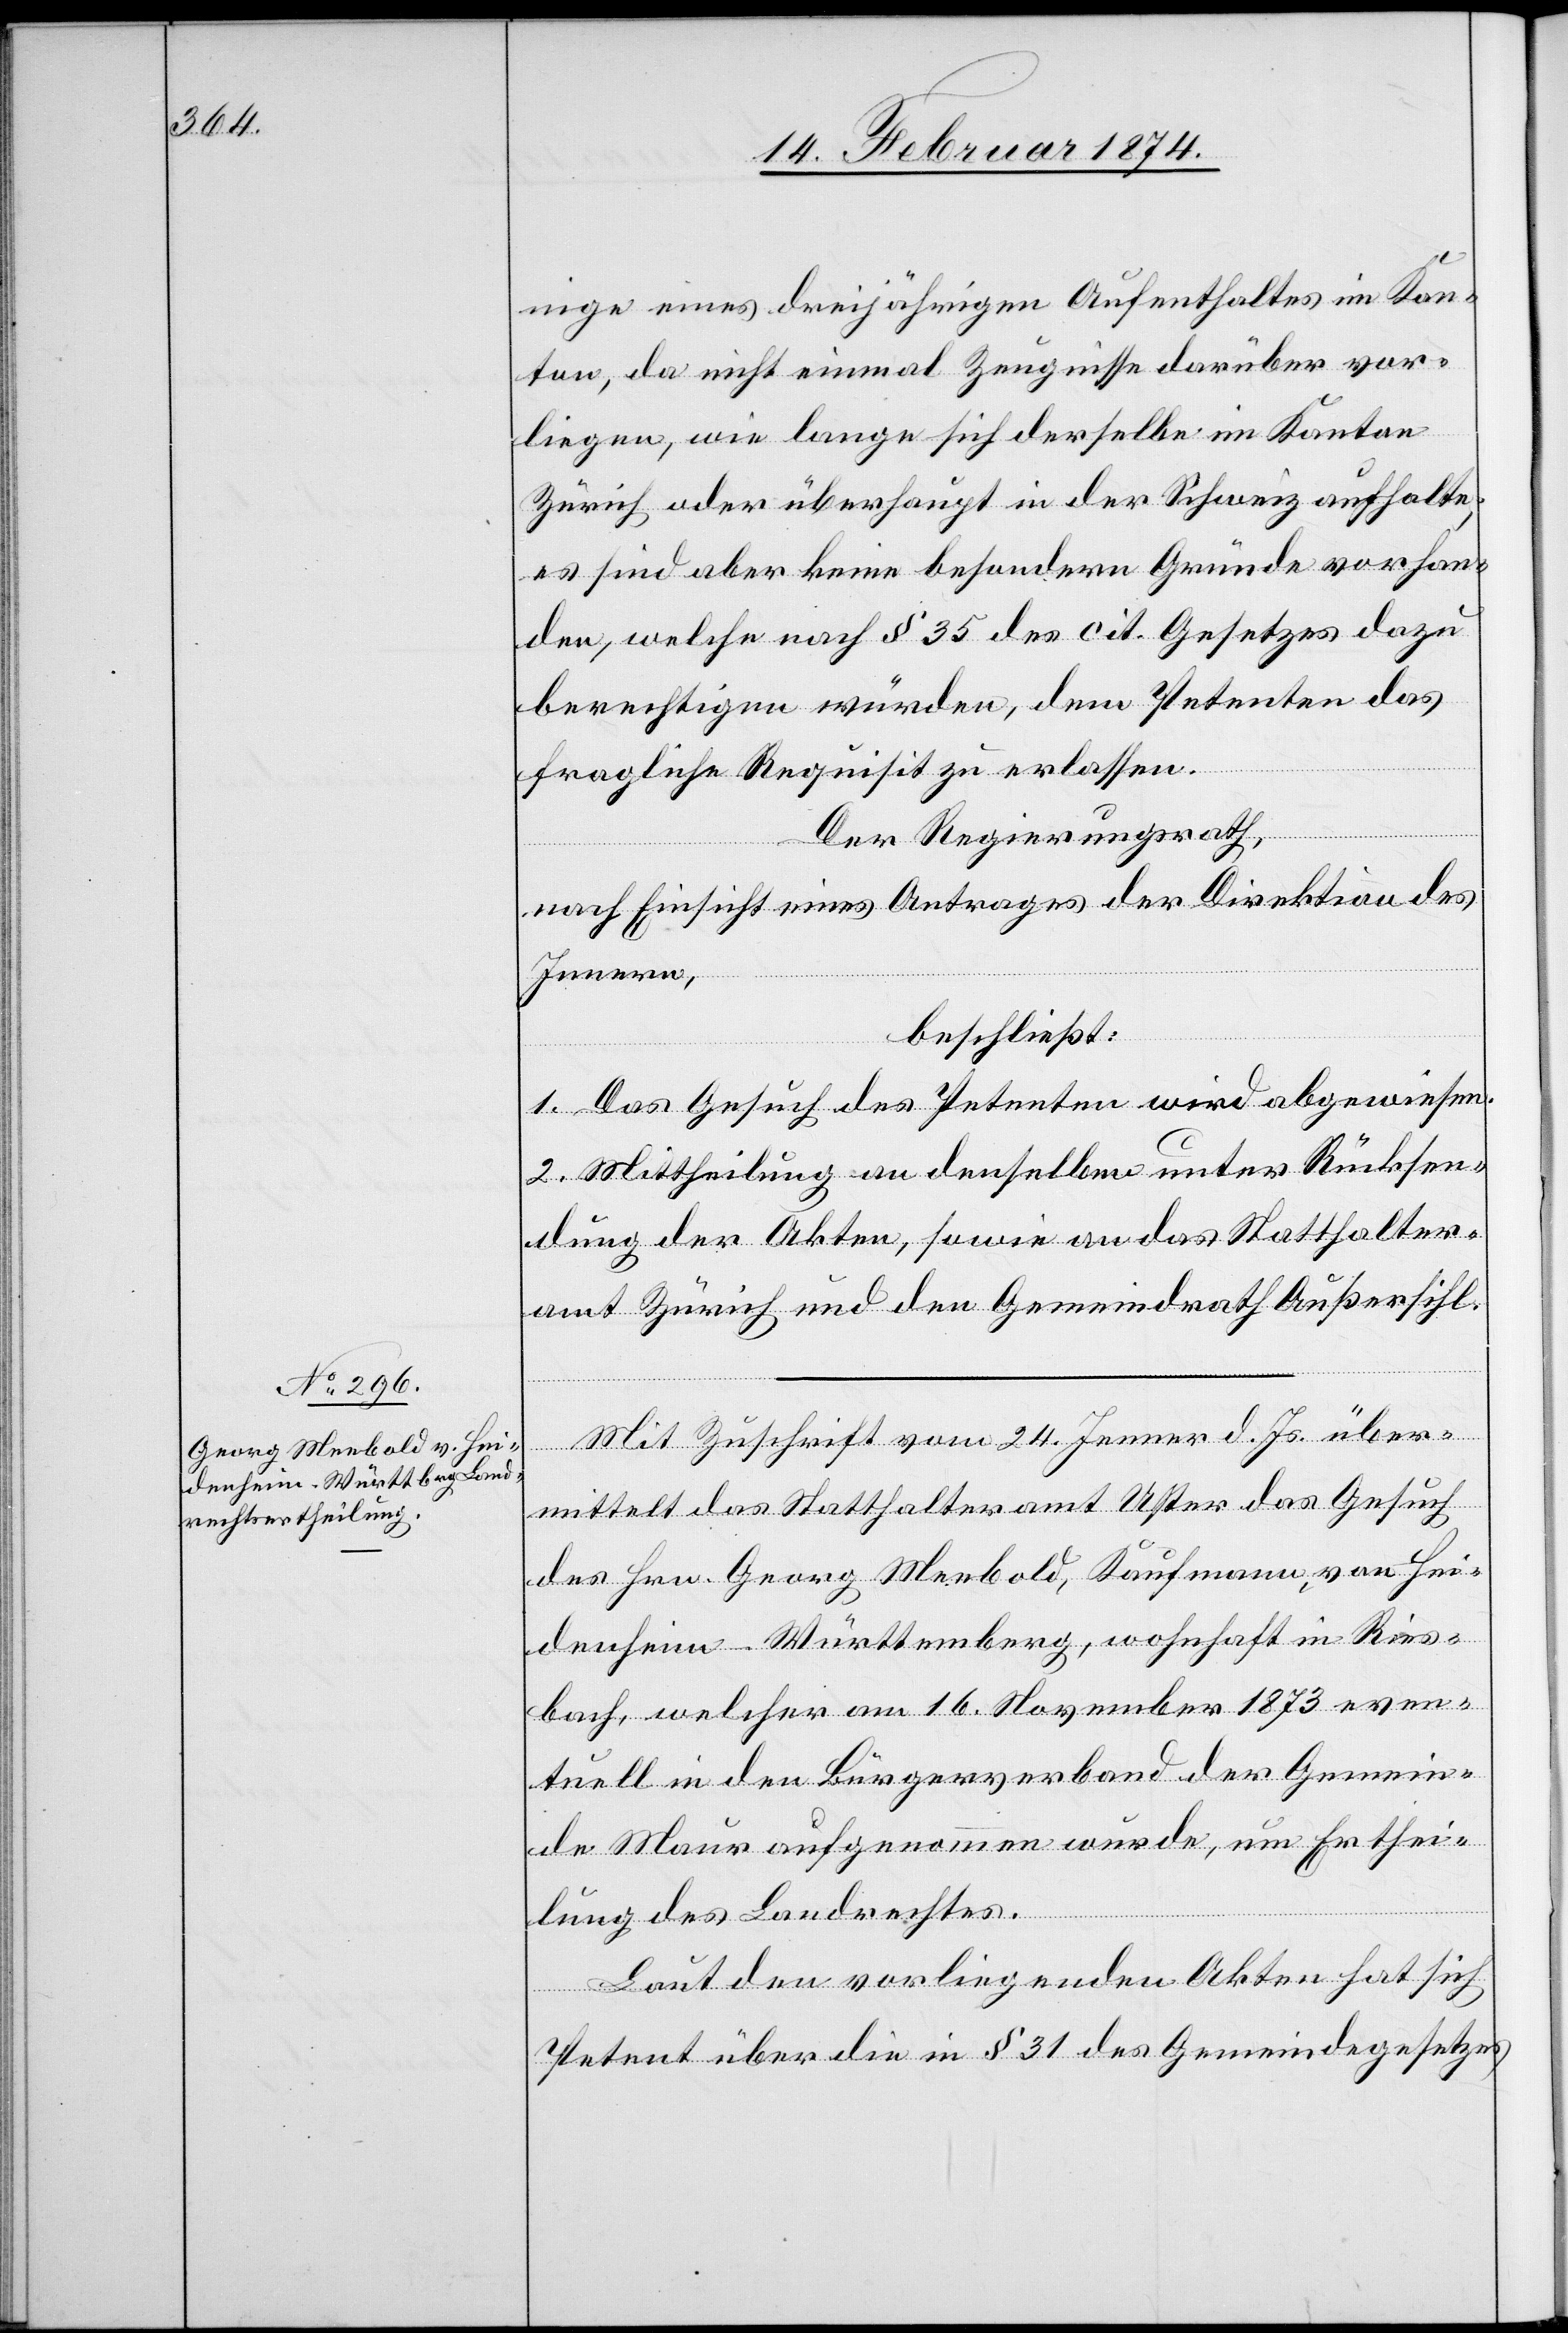
nige eines dreijährigen Aufenthaltes im Kan¬
ton, da nicht einmal Zeugnisse darüber vor¬
liegen, wie lange sich derselbe im Kanton
Zürich oder überhaupt in der Schweiz aufhalte;
es sind aber keine besondern Gründe vorhan¬
den, welche nach § 35 des cit. Gesetzes dazu
berechtigen würden, dem Petenten das
fragliche Requisit zu erlassen.
Der Regierungsrath,
nach Einsicht eines Antrages der Direktion des
Innern,
beschließt:
1. Das Gesuch des Petenten wird abgewiesen.
2. Mittheilung an denselben unter Rücksen¬
dung der Akten, sowie an das Statthalter¬
amt Zürich und den Gemeindrath Außersihl.
Mit Zuschrift vom 24. Jenner d. Js. über¬
mittelt das Statthalteramt Uster das Gesuch
des Hrn. Georg Meebold, Kaufmann von Hei¬
denheim-Württemberg, wohnhaft in Ries¬
bach, welcher am 16. November 1873 even¬
tuell in den Bürgerverband der Gemein¬
de Maur aufgenommen wurde, um Erthei¬
lung des Landrechtes.
Laut den vorliegenden Akten hat sich
Petent über die in § 31 des Gemeindegesetzes